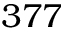
3 7 7